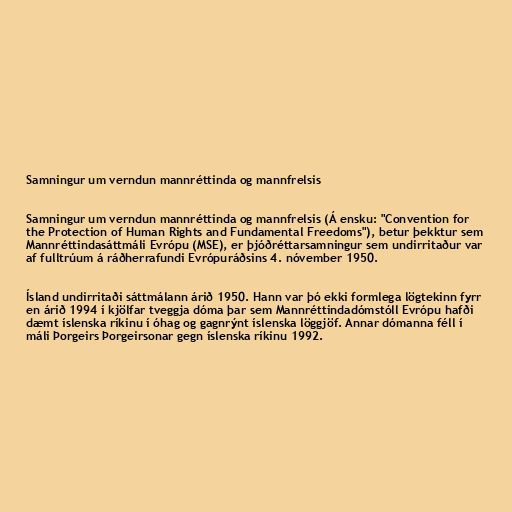
Samningur um verndun mannréttinda og mannfrelsis

Samningur um verndun mannréttinda og mannfrelsis (Á ensku: "Convention for
the Protection of Human Rights and Fundamental Freedoms"), betur þekktur sem
Mannréttindasáttmáli Evrópu (MSE), er þjóðréttarsamningur sem undirritaður var
af fulltrúum á ráðherrafundi Evrópuráðsins 4. nóvember 1950.

Ísland undirritaði sáttmálann árið 1950. Hann var þó ekki formlega lögtekinn fyrr
en árið 1994 í kjölfar tveggja dóma þar sem Mannréttindadómstóll Evrópu hafði
dæmt íslenska ríkinu í óhag og gagnrýnt íslenska löggjöf. Annar dómanna féll í
máli Þorgeirs Þorgeirsonar gegn íslenska ríkinu 1992.